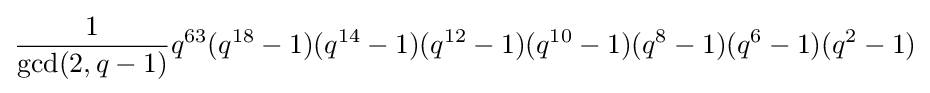
{\frac {1}{\mathrm {gcd} (2,q-1)}}q^{63}(q^{18}-1)(q^{14}-1)(q^{12}-1)(q^{10}-1)(q^{8}-1)(q^{6}-1)(q^{2}-1)